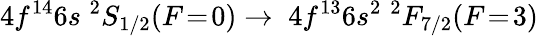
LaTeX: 4f^{14}6s\; ^{2}S_{1/2}(F\! =\! 0)\to\; 4f^{13}6s^{2}\; ^{2}F_{7/2}(F\! =\! 3)